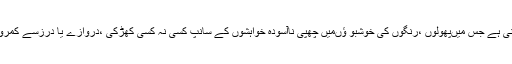
”رات کی رانی ” ایسی کہانی ہے جس میںپھولوں ،رنگوں کی خوشبو ؤںمیں چھپی ناآسودہ خواہشوں کے سانپ کسی نہ کسی کھڑکی ،دروازے یا درزسے کمروں میں آن داخل ہو تے ہیں۔